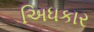
અિધકાર